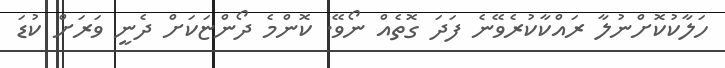
ހަލާކުކޮށްނުލާ ރައްކާކުރެވޭނެ ފަދަ ގޮތެއް ނޯވޭ. ކޮންމެ ދޯންޏަކަށް ދެނީ ވަރަށް ކުޑަ